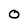
Character: 0